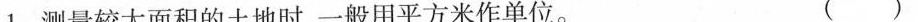
1.测量较大面积的土地时，一般用平方米作单位。 ( )